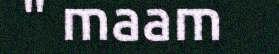
" maam